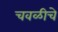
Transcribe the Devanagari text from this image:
चवळीचे